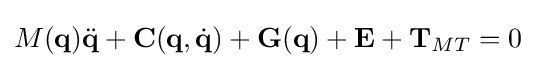
M({\textbf {q}}){\ddot {\textbf {q}}}+{\textbf {C}}({\textbf {q}},{\dot {\textbf {q}}})+{\textbf {G}}({\textbf {q}})+{\textbf {E}}+{\textbf {T}}_{MT}=0